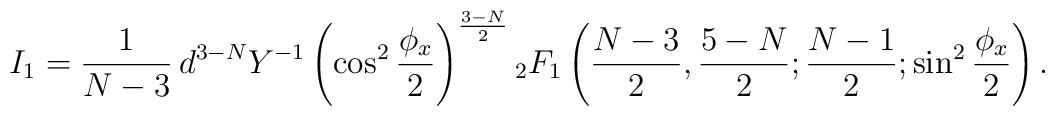
{}I_1= \frac{1}{N-3} \, {d^{3-N}}{Y^{-1}}\left(\cos^2\frac{\phi_x}{2}\right )^{\frac{3-N}{2}} {}_2 F_1 \left( \frac{N-3}{2} , \frac{5-N}{2} ; \frac{N-1}{2} ;  \sin^2\frac{\phi_x}{2} \right).